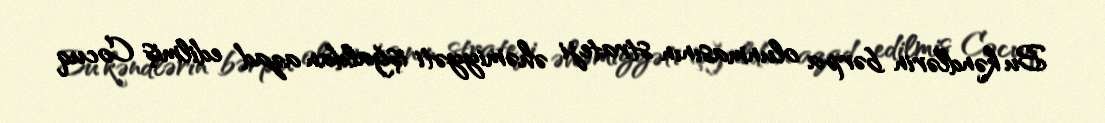
Bu kəndlərin bərpa olunmasının strateji əhəmiyyəti işğaldan azad edilmiş Cocuq